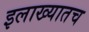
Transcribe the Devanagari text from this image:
इलाख्यातच